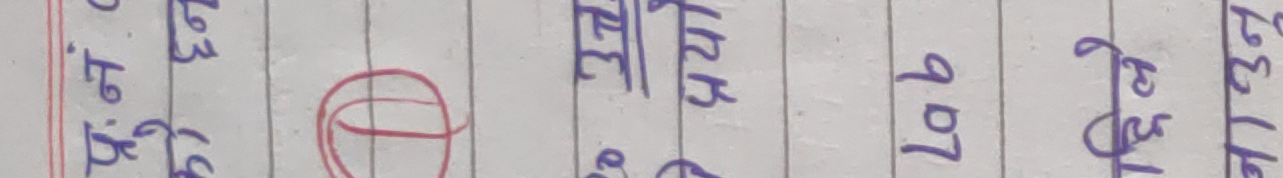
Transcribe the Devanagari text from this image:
अस्ति आइतवार २०२३ (६)
भदौ ३१ सालको लागा लागा
लब को १३० ३३१